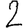
Digit: 2